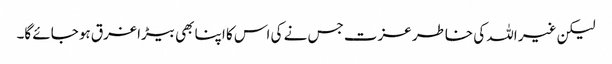
لیکن غیر اللہ کی خاطر عزت جس نے کی اس کا اپنا بھی بیڑا غرق ہو جائے گا۔